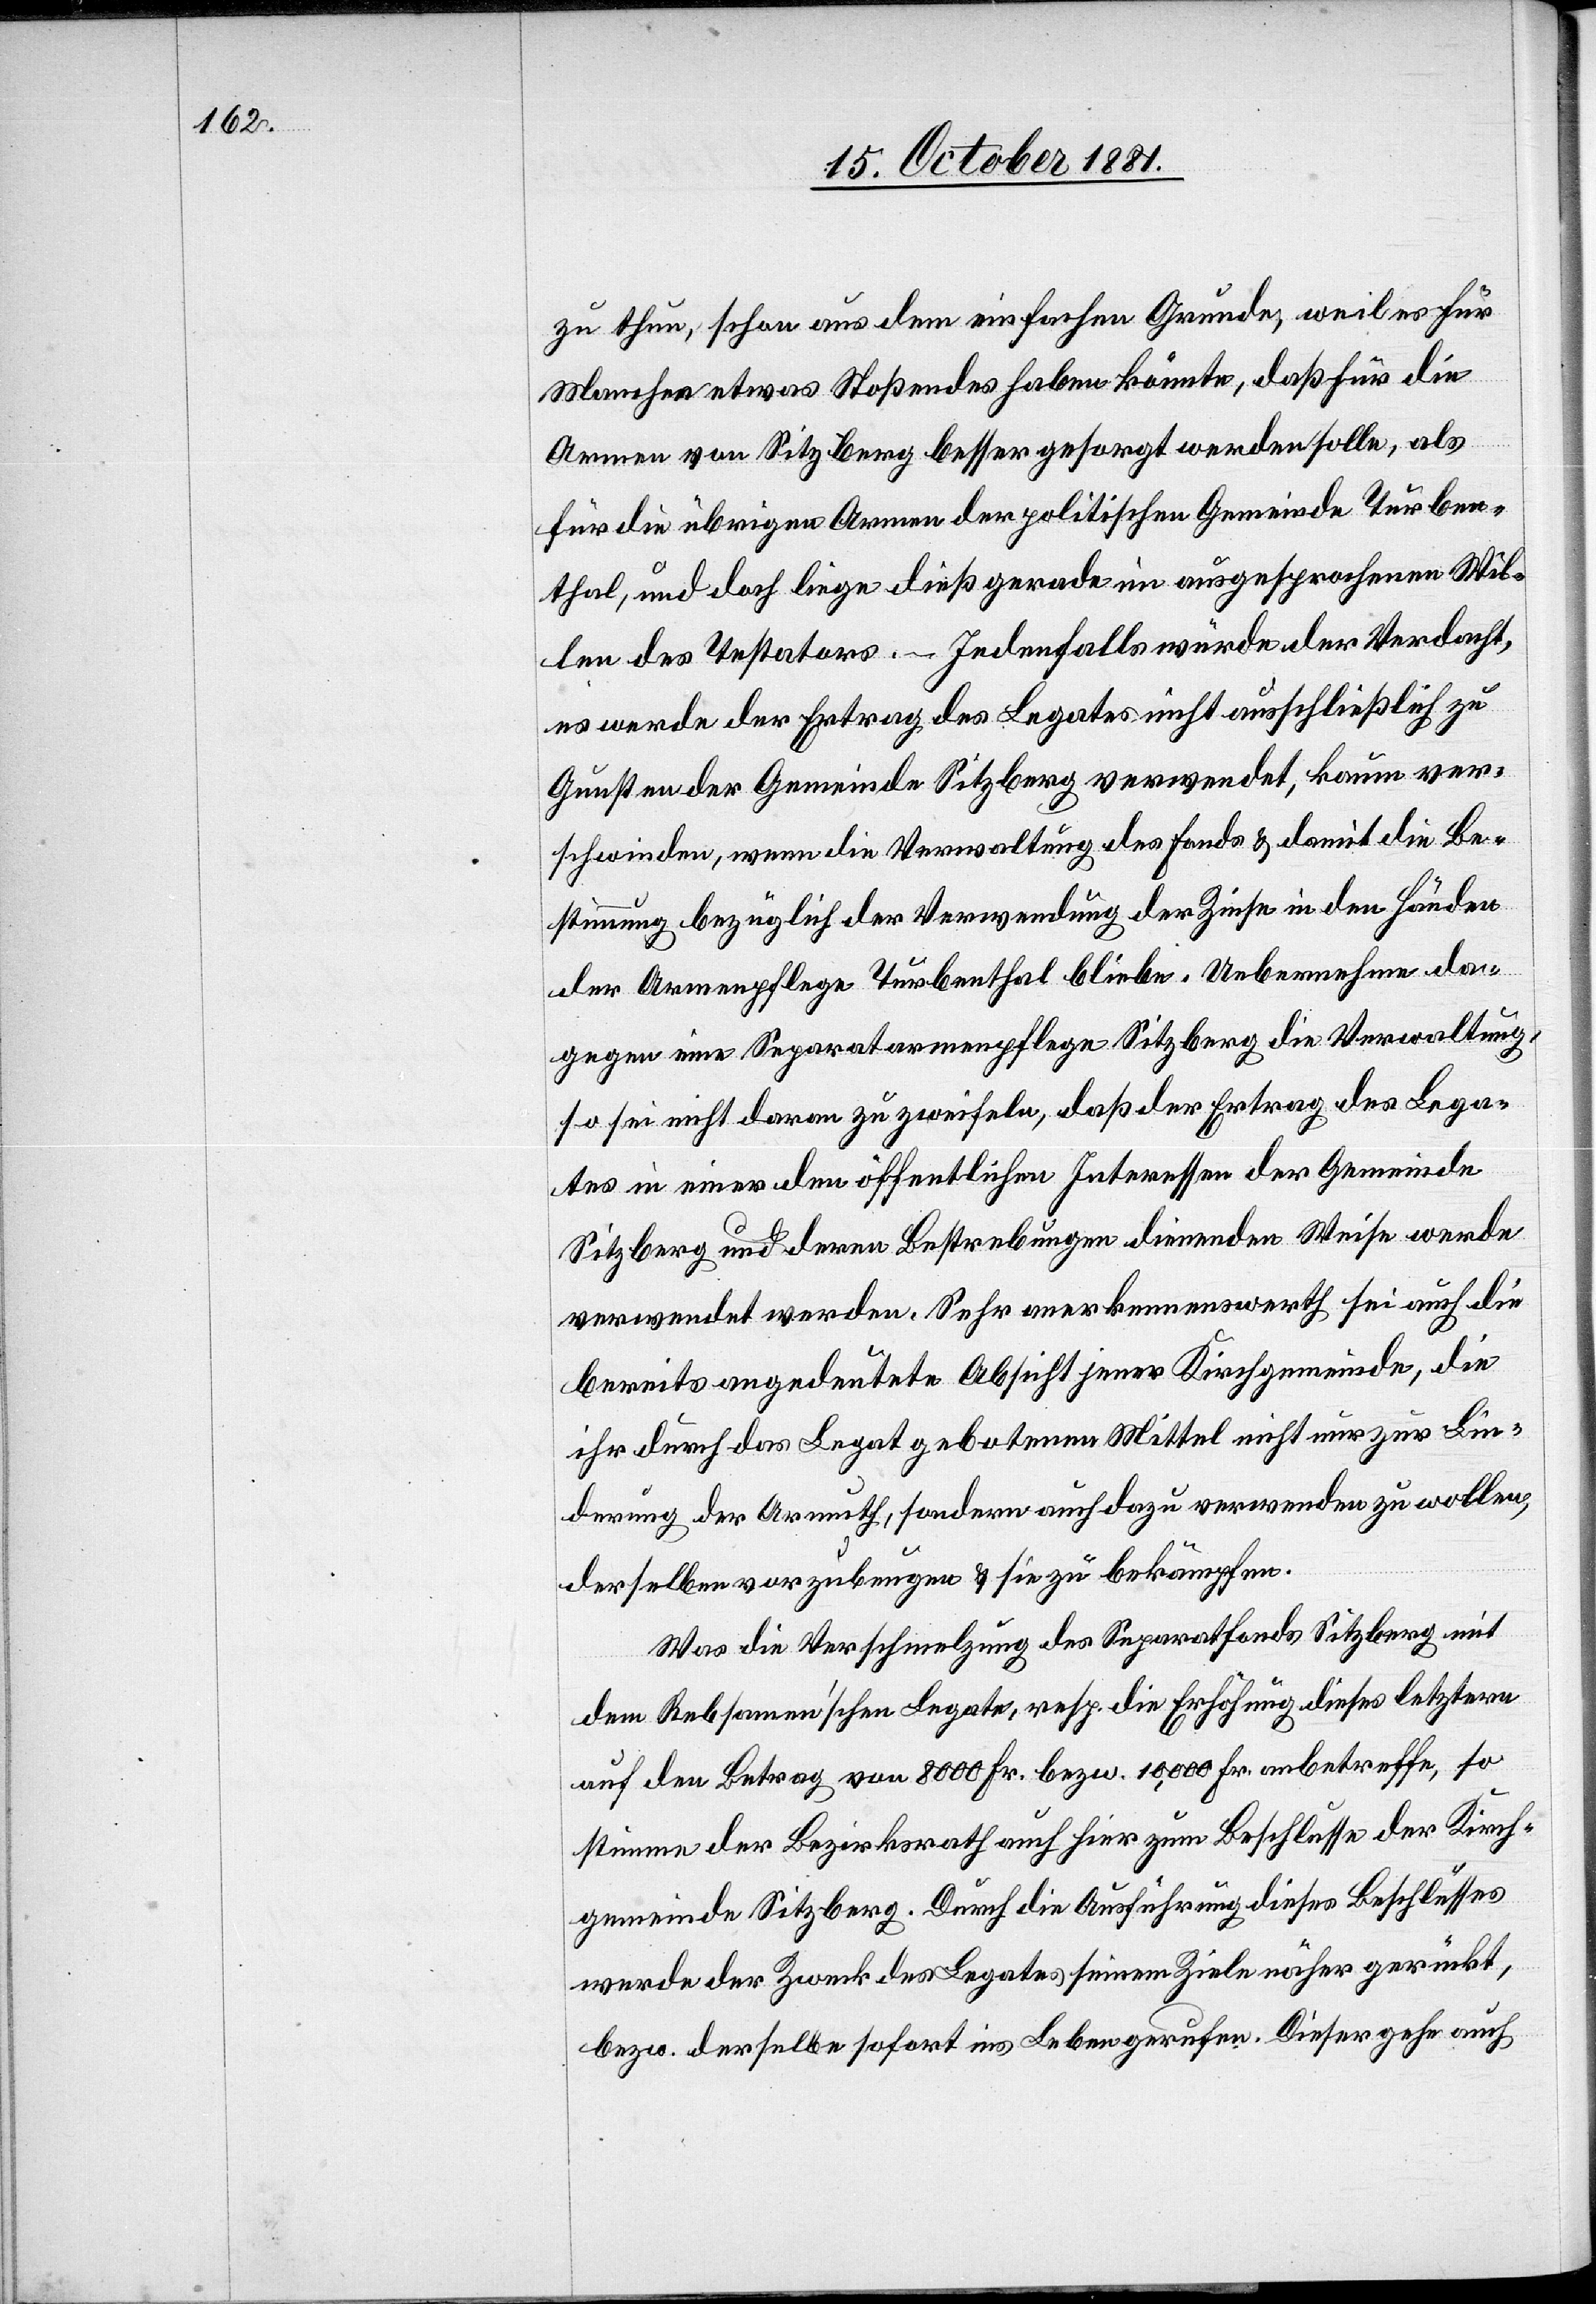
zu thun, schon aus dem einfachen Grunde, weil es für
Manchen etwas Stoßendes haben könnte, daß für die
Armen von Sitzberg besser gesorgt werden solle, als
für die übrigen Armen der politischen Gemeinde Turben¬
thal, und doch liege dieß gerade im ausgesprochenen Wil¬
len des Testators. – Jedenfalls würde der Verdacht,
es werde der Ertrag des Legates nicht ausschließlich zu
Gunsten der Gemeine Sitzberg verwendet, könne ver¬
schwinden, wenn die Verwaltung des Fonds & damit die Be¬
stimmung bezüglich der Verwendung der Zinsen in den Händen
der Armenpflege Turbenthal bliebe. Uebernehme da¬
gegen eine Separatarmenpflege Sitzberg die Verwaltung,
so sei nicht daran zu zweifeln, daß der Ertrag des Lega¬
tes in einer dem öffentlichen Interesse der Gemeinde
Sitzberg und deren Bestrebungen dienenden Weise werde
verwendet werden. Sehr anerkennenswerth sei auch die
bereits angedeutete Absicht jener Kirchgemeinde, die
ihr durch das Legat gebotenen Mittel nicht nur zur Lin¬
derung der Armuth, sondern auch dazu verwenden zu wollen,
derselben vorzubeugen & sie zu bekämpfen.
Was die Verschmelzung des Separatfonds Sitzberg mit
der Rebsamen’schen Legate, resp. die Erhöhung dieses letztern
auf den Betrag von 8000 Fr. bezw. 10 000 Fr. anbetreffe, so
stimme der Bezirksrath auch hier zum Beschlusse der Kirch¬
gemeinde Sitzberg. Durch die Ausführung dieses Beschlusses
werde der Zweck des Legates seinem Ziele näher gerückt,
bezw. derselbe sofort ins Leben gerufen. Dieser gehe auch